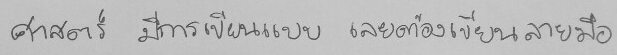
ศาสตร์ มีการเขียนแบบ เลยต้องเขียนลายมือ